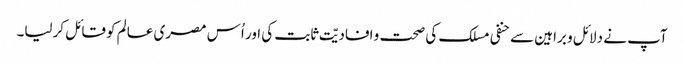
آپ نے دلائل و براہین سے حنفی مسلک کی صحت و افادیّت ثابت کی اور اُس مصری عالم کو قائل کرلیا۔